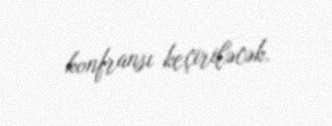
konfransı keçiriləcək.